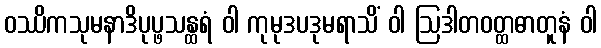
ဝဿိကသုမနာဒိပုပ္ဖသန္ထရံ ဝါ ကုမုဒပဒုမရာသိံ ဝါ ဩဒါတဝတ္ထဓာတူနံ ဝါ